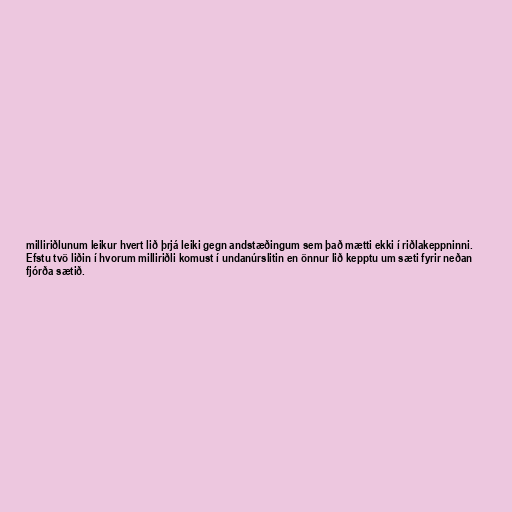
milliriðlunum leikur hvert lið þrjá leiki gegn andstæðingum sem það mætti ekki í riðlakeppninni.
Efstu tvö liðin í hvorum milliriðli komust í undanúrslitin en önnur lið kepptu um sæti fyrir neðan
fjórða sætið.